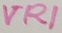
Text: VR1